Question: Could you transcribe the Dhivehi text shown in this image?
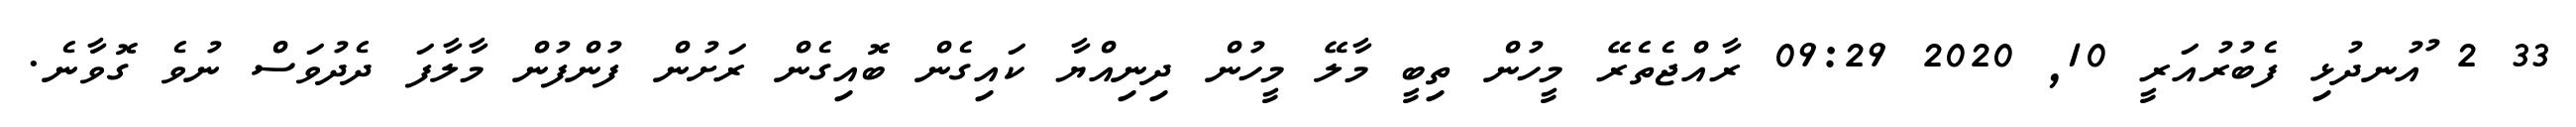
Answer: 33 2 ުއުނދުޅި ފެބުރުއަރީ 10, 2020 09:29 ރާއްޖެތެރޭ މީހުން ތިބީ މާލޭ މީހުން ދިނިއްޔާ ކައިގެން ބޮއިގެން ރަށުން ފުންފުން މާލާފަ ދެދުވަސް ނުވެ ގޮވާނެ.